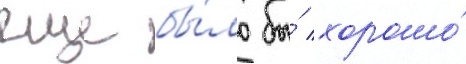
еще бы́ло бы́ хорошо́